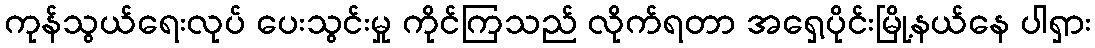
ကုန်သွယ်ရေးလုပ် ပေးသွင်းမှု ကိုင်ကြသည် လိုက်ရတာ အရှေ့ပိုင်းမြို့နယ်နေ ပါရှား